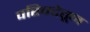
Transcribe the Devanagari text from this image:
परिषदेतून